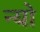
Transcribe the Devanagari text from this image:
न्यो